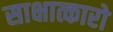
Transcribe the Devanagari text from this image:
साक्षात्कारो